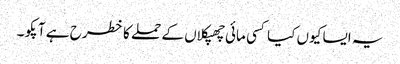
یہ ایسا کیوں کیا کسی مائی چھپکلاں کے حملے کا خطرح ہے آپکو ۔